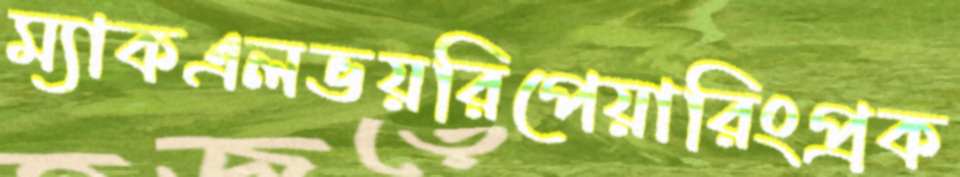
ম্যাকএলভয়রিপেয়ারিংপ্রক